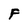
Character: F